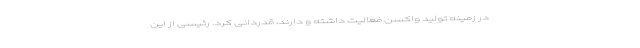
در زمینه تولید واکسن فعالیت داشته و دارند، قدردانی کرد. رئیسی از این